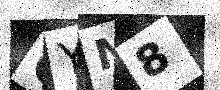
Text: 6YN8